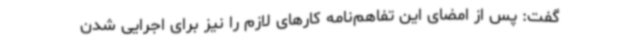
گفت: پس از امضای این تفاهم‌نامه کارهای لازم را نیز برای اجرایی شدن